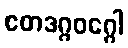
ဧတဒဂ္ဂဝဂ္ဂေါ